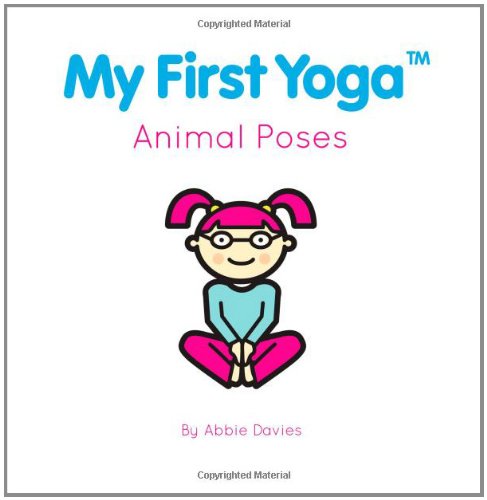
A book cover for My First Yoga: Animal Poses; Abbie Davies; Health, Fitness & Dieting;